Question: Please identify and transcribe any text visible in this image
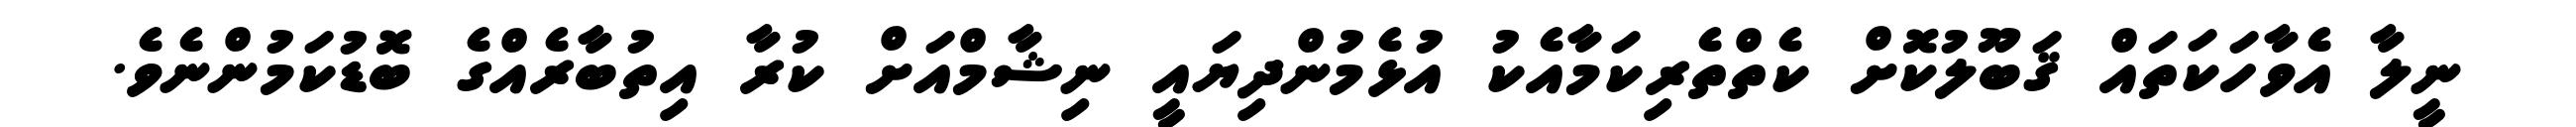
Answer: ނީލާ އެވާހަކަތައް ޤަބޫލުކޮށް ކެތްތެރިކަމާއެކު އުޅެމުންދިޔައީ ނިޝާމްއަށް ކުރާ އިތުބާރެއްގެ ބޮޑުކަމުންނެވެ.